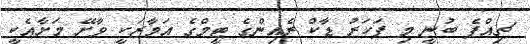
ޗިއްޕެ ބުނީ މި ފަހަރު ޑާކް ރެއިންގެ ޓީމްގެ އަމާޒަކީ ވާށޭ މަށާއެކީ